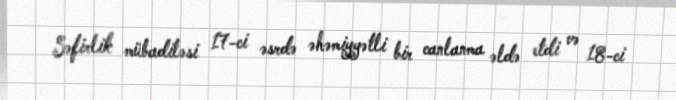
Səfirlik mübadiləsi 17-ci əsrdə əhəmiyyətli bir canlanma əldə etdi və 18-ci